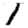
Digit: 1